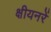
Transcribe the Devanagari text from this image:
क्षीयनरें